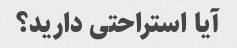
آیا استراحتی دارید؟